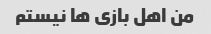
من اهل بازی ها نیستم